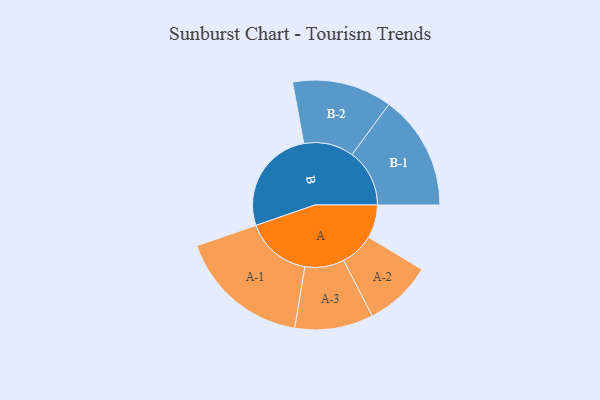
{"axis": {"x": "Segment", "y": "Value"}, "legend": ["", "A", "B"], "data": [{"x": "A", "y": 149, "type": ""}, {"x": "B", "y": 474, "type": ""}, {"x": "A-1", "y": 296, "type": "A"}, {"x": "A-2", "y": 152, "type": "A"}, {"x": "A-3", "y": 176, "type": "A"}, {"x": "B-1", "y": 258, "type": "B"}, {"x": "B-2", "y": 224, "type": "B"}]}